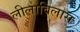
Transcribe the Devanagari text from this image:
लीलाविलास